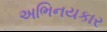
અભિનયકાર